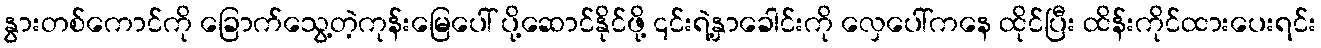
နွားတစ်ကောင်ကို ခြောက်သွေ့တဲ့ကုန်းမြေပေါ် ပို့ဆောင်နိုင်ဖို့ ၎င်းရဲ့နှာခေါင်းကို လှေပေါ်ကနေ ထိုင်ပြီး ထိန်းကိုင်ထားပေးရင်း